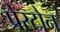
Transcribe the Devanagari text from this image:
प्रेस्टोन